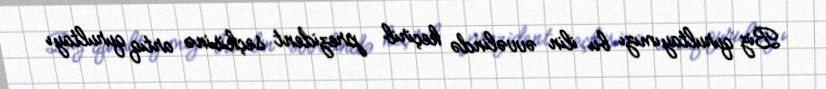
Biz qurultayımızı bu ilin əvvəlində keçirib prezident seçkisinə artıq qurultayı